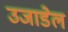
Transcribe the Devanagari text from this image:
उजाडेल